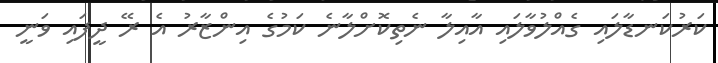
ކަރުކަނޑާލައި ގެއްލުވާލައި އާއިލާ ނެތިކޮށްލާނެ ކަމުގެ އިންޒާރު އެ ރޭ ދީފައި ވަނީ